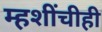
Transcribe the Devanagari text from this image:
म्हशींचीही